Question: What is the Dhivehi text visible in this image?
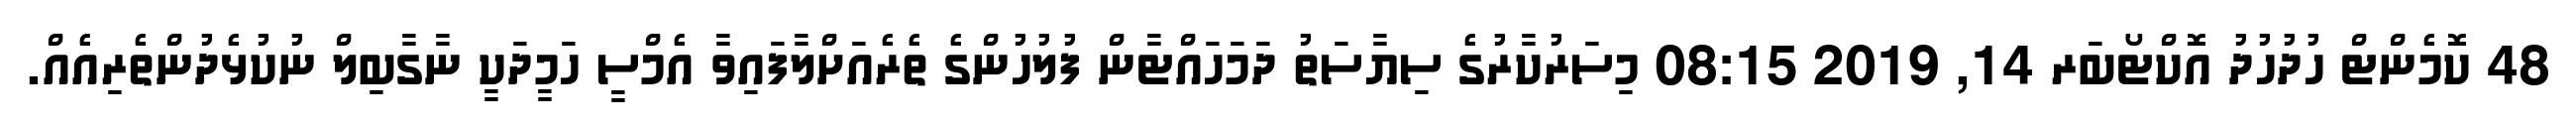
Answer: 48 ކޮމެންޓް ހުދުހުދު އޮކްޓޯބަރ 14, 2019 08:15 މިސަރުކާރުގެ ސިޔާސަތު ދަމަހައްޓާން ފުލުހުންގެ ތެރެއަށްލާފައިވާ އެމްސީ ހަމީދަކީ ނާގާބިލް ނުކުޅެދުންތެރިއެއް.